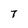
Character: 7